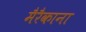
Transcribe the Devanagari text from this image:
मैरैकाना